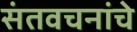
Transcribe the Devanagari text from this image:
संतवचनांचे